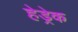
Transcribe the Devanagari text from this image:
हेड्रेक